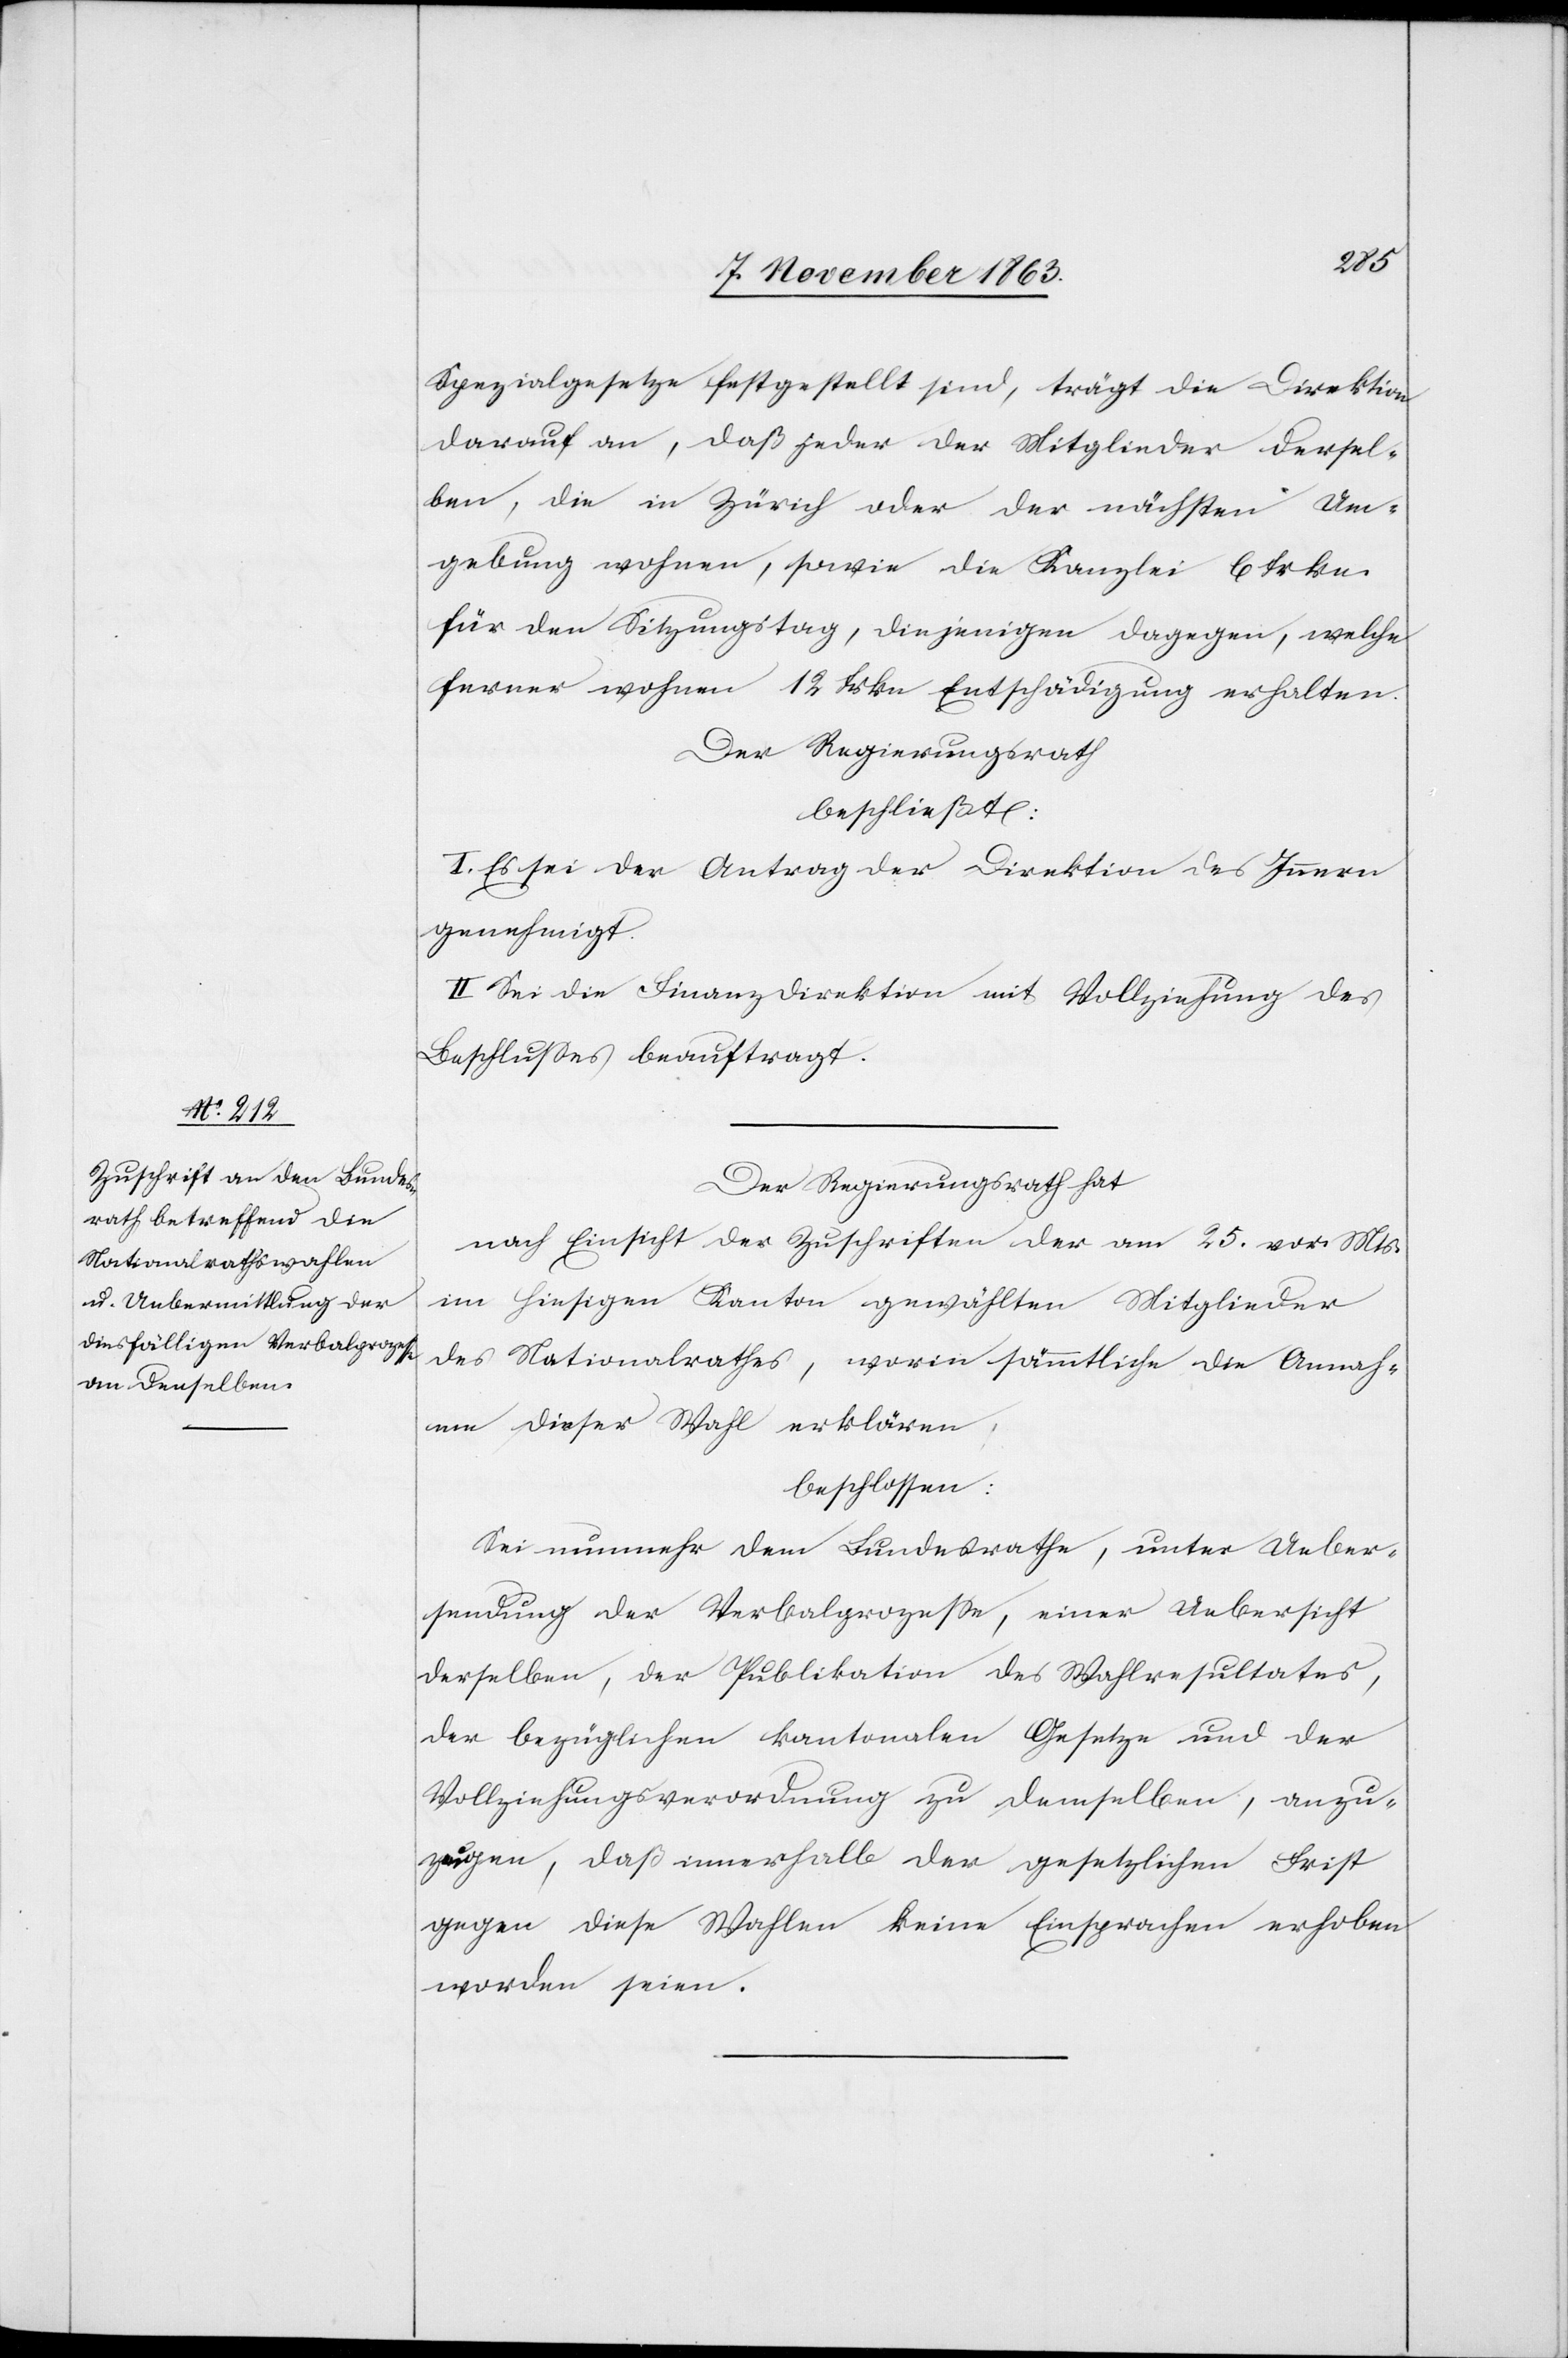
Spezialgesetze festgestellt sind, trägt die Direktion
darauf an, daß jeder der Mitglieder dersel¬
ben, die in Zürich oder der nächsten Um¬
gebung wohnen, sowie die Kanzlei 6 frkn.
für den Sitzungstag, diejenigen dagegen, welche
ferner wohnen 12 Frkn Entschädigung erhalten.
Der Regierungsrath
beschließt:
I. Es sei der Antrag der Direktion des Innern
genehmigt.
II. Sei die Finanzdirektion mit Vollziehung des
Beschlusses beauftragt.
Der Regierungsrath hat
nach Einsicht der Zuschriften der am 25. vor. Mts.
im hiesigen Kanton gewählten Mitglieder
des Nationalrathes, worin sämmtliche die Annah¬
me dieser Wahl erklären,
beschlossen:
Sei nunmehr dem Bundesrathe, unter Ueber¬
sendung der Verbalprozesse, einer Uebersicht
derselben, der Publikation des Wahlresultates,
der bezüglichen kantonalen Gesetze und der
Vollziehungsverordnung zu demselben, anzu¬
zeigen, daß innerhalb der gesetzlichen Frist
gegen diese Wahlen keine Einsprachen erhoben
worden seien.